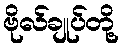
ဗိုလ်ချုပ်တို့